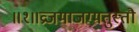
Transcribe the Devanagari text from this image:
॥१॥व्रजमाजग्मतुस्तौ